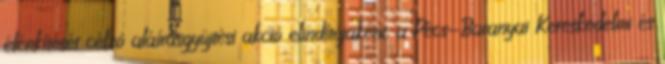
élénkítését célzó aláírásgyûjtési akció elindítójaként, a Pécs-Baranyai Kereskedelmi és